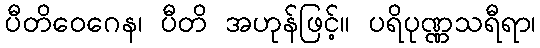
ပီတိဝေဂေန၊ ပီတိ အဟုန်ဖြင့်။ ပရိပုဏ္ဏသရီရာ၊